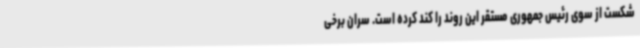
شکست از سوی رئیس جمهوری مستقر این روند را کند کرده است. سران برخی